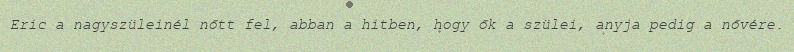
Eric a nagyszüleinél nőtt fel, abban a hitben, hogy ők a szülei, anyja pedig a nővére.